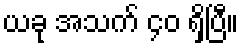
ယခု အသက် ၄၀ ရှိပြီ။